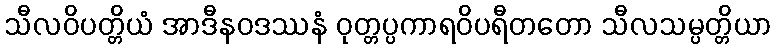
သီလဝိပတ္တိယံ အာဒီနဝဒဿနံ ဝုတ္တပ္ပကာရဝိပရီတတော သီလသမ္ပတ္တိယာ